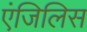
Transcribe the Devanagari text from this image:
एंजिलिस